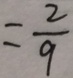
= \frac { 2 } { 9 }